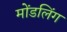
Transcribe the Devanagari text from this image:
मोंडलिंग